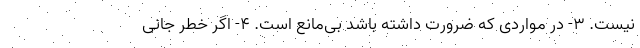
نیست. ۳- در مواردی که ضرورت داشته باشد بی‌مانع است. ۴- اگر خطر جانی